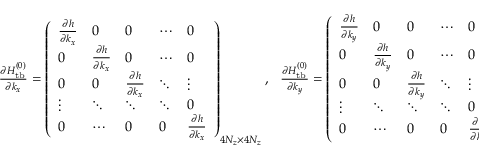
\begin{array} { r } { \frac { \partial { \cal H } _ { \mathrm { t b } } ^ { ( 0 ) } } { \partial k _ { x } } = \left( \begin{array} { l l l l l } { \frac { \partial h } { \partial k _ { x } } } & { 0 } & { 0 } & { \cdots } & { 0 } \\ { 0 } & { \frac { \partial h } { \partial k _ { x } } } & { 0 } & { \cdots } & { 0 } \\ { 0 } & { 0 } & { \frac { \partial h } { \partial k _ { x } } } & { \ddots } & { \vdots } \\ { \vdots } & { \ddots } & { \ddots } & { \ddots } & { 0 } \\ { 0 } & { \cdots } & { 0 } & { 0 } & { \frac { \partial h } { \partial k _ { x } } } \end{array} \right) _ { 4 N _ { z } \times 4 N _ { z } } , ~ ~ \frac { \partial { \cal H } _ { \mathrm { t b } } ^ { ( 0 ) } } { \partial k _ { y } } = \left( \begin{array} { l l l l l } { \frac { \partial h } { \partial k _ { y } } } & { 0 } & { 0 } & { \cdots } & { 0 } \\ { 0 } & { \frac { \partial h } { \partial k _ { y } } } & { 0 } & { \cdots } & { 0 } \\ { 0 } & { 0 } & { \frac { \partial h } { \partial k _ { y } } } & { \ddots } & { \vdots } \\ { \vdots } & { \ddots } & { \ddots } & { \ddots } & { 0 } \\ { 0 } & { \cdots } & { 0 } & { 0 } & { \frac { \partial h } { \partial k _ { y } } } \end{array} \right) _ { 4 N _ { z } \times 4 N _ { z } } , } \end{array}